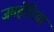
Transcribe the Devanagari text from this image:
जमहीरिया